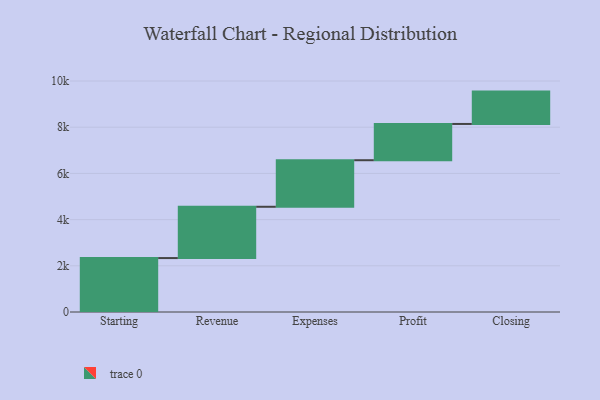
{"axis": {"x": "Step", "y": "Value"}, "legend": [""], "data": [{"x": "Starting", "y": 2335.0, "type": ""}, {"x": "Revenue", "y": 2221.0, "type": ""}, {"x": "Expenses", "y": 2015.0, "type": ""}, {"x": "Profit", "y": 1570.0, "type": ""}, {"x": "Closing", "y": 1401.0, "type": ""}]}